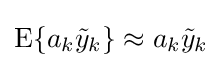
\mathrm {E} \{a_{k}{\tilde {y}}_{k}\}\approx a_{k}{\tilde {y}}_{k}